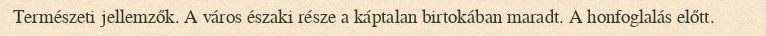
Természeti jellemzők. A város északi része a káptalan birtokában maradt. A honfoglalás előtt.